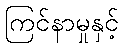
ကြင်နာမှုနှင့်